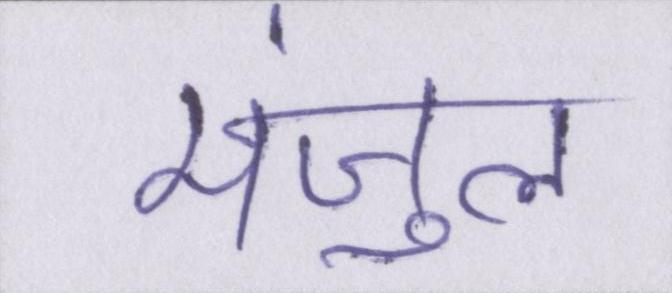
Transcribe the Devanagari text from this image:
मंजुल